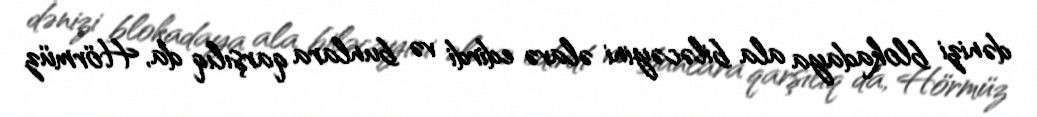
dənizi blokadaya ala biləcəyini əlavə edirdi və bunlara qarşılıq da, Hörmüz